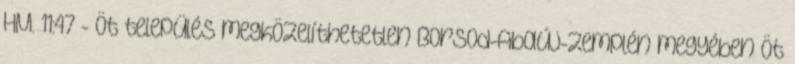
HM. 11:47 - Öt település megközelíthetetlen Borsod-Abaúj-Zemplén megyében Öt